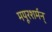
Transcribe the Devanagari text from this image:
मयूरशर्मन्